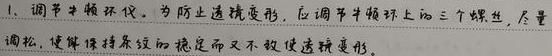
1. 调节牛顿环仪。为防止透镜变形，应调节牛顿环仪上的三个螺丝，尽量调松，使薄膜保持条纹的稳定而又不致使透镜变形。